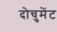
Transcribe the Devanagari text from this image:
दोचुमेंट